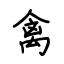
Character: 禽